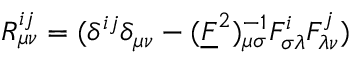
R _ { \mu \nu } ^ { i j } = ( \delta ^ { i j } \delta _ { \mu \nu } - ( \underline { { { F } } } ^ { 2 } ) _ { \mu \sigma } ^ { - 1 } F _ { \sigma \lambda } ^ { i } F _ { \lambda \nu } ^ { j } )